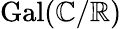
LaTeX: \operatorname{Gal}(\mathbb{C}/\mathbb{R})